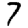
Digit: 7